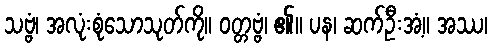
သဗ္ဗံ၊ အလုံးစုံသောသုတ်ကို။ ဝတ္တဗ္ဗံ၊ ၏။ ပန၊ ဆက်ဦးအံ့။ အဿ၊